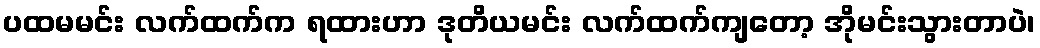
ပထမမင်း လက်ထက်က ရထားဟာ ဒုတိယမင်း လက်ထက်ကျတော့ အိုမင်းသွားတာပဲ၊